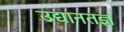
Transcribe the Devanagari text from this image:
उद्यानतज्ञ